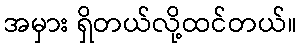
အမှား ရှိတယ်လို့ထင်တယ်။